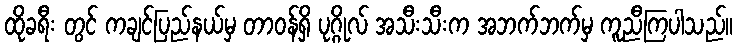
ထိုခရီး တွင် ကချင်ပြည်နယ်မှ တာဝန်ရှိ ပုဂ္ဂိုလ် အသီးသီးက အဘက်ဘက်မှ ကူညီကြပါသည်။